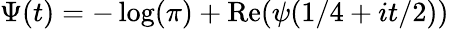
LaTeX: \Psi(t)=-\log(\pi)+\operatorname{Re}(\psi(1/4+it/2))